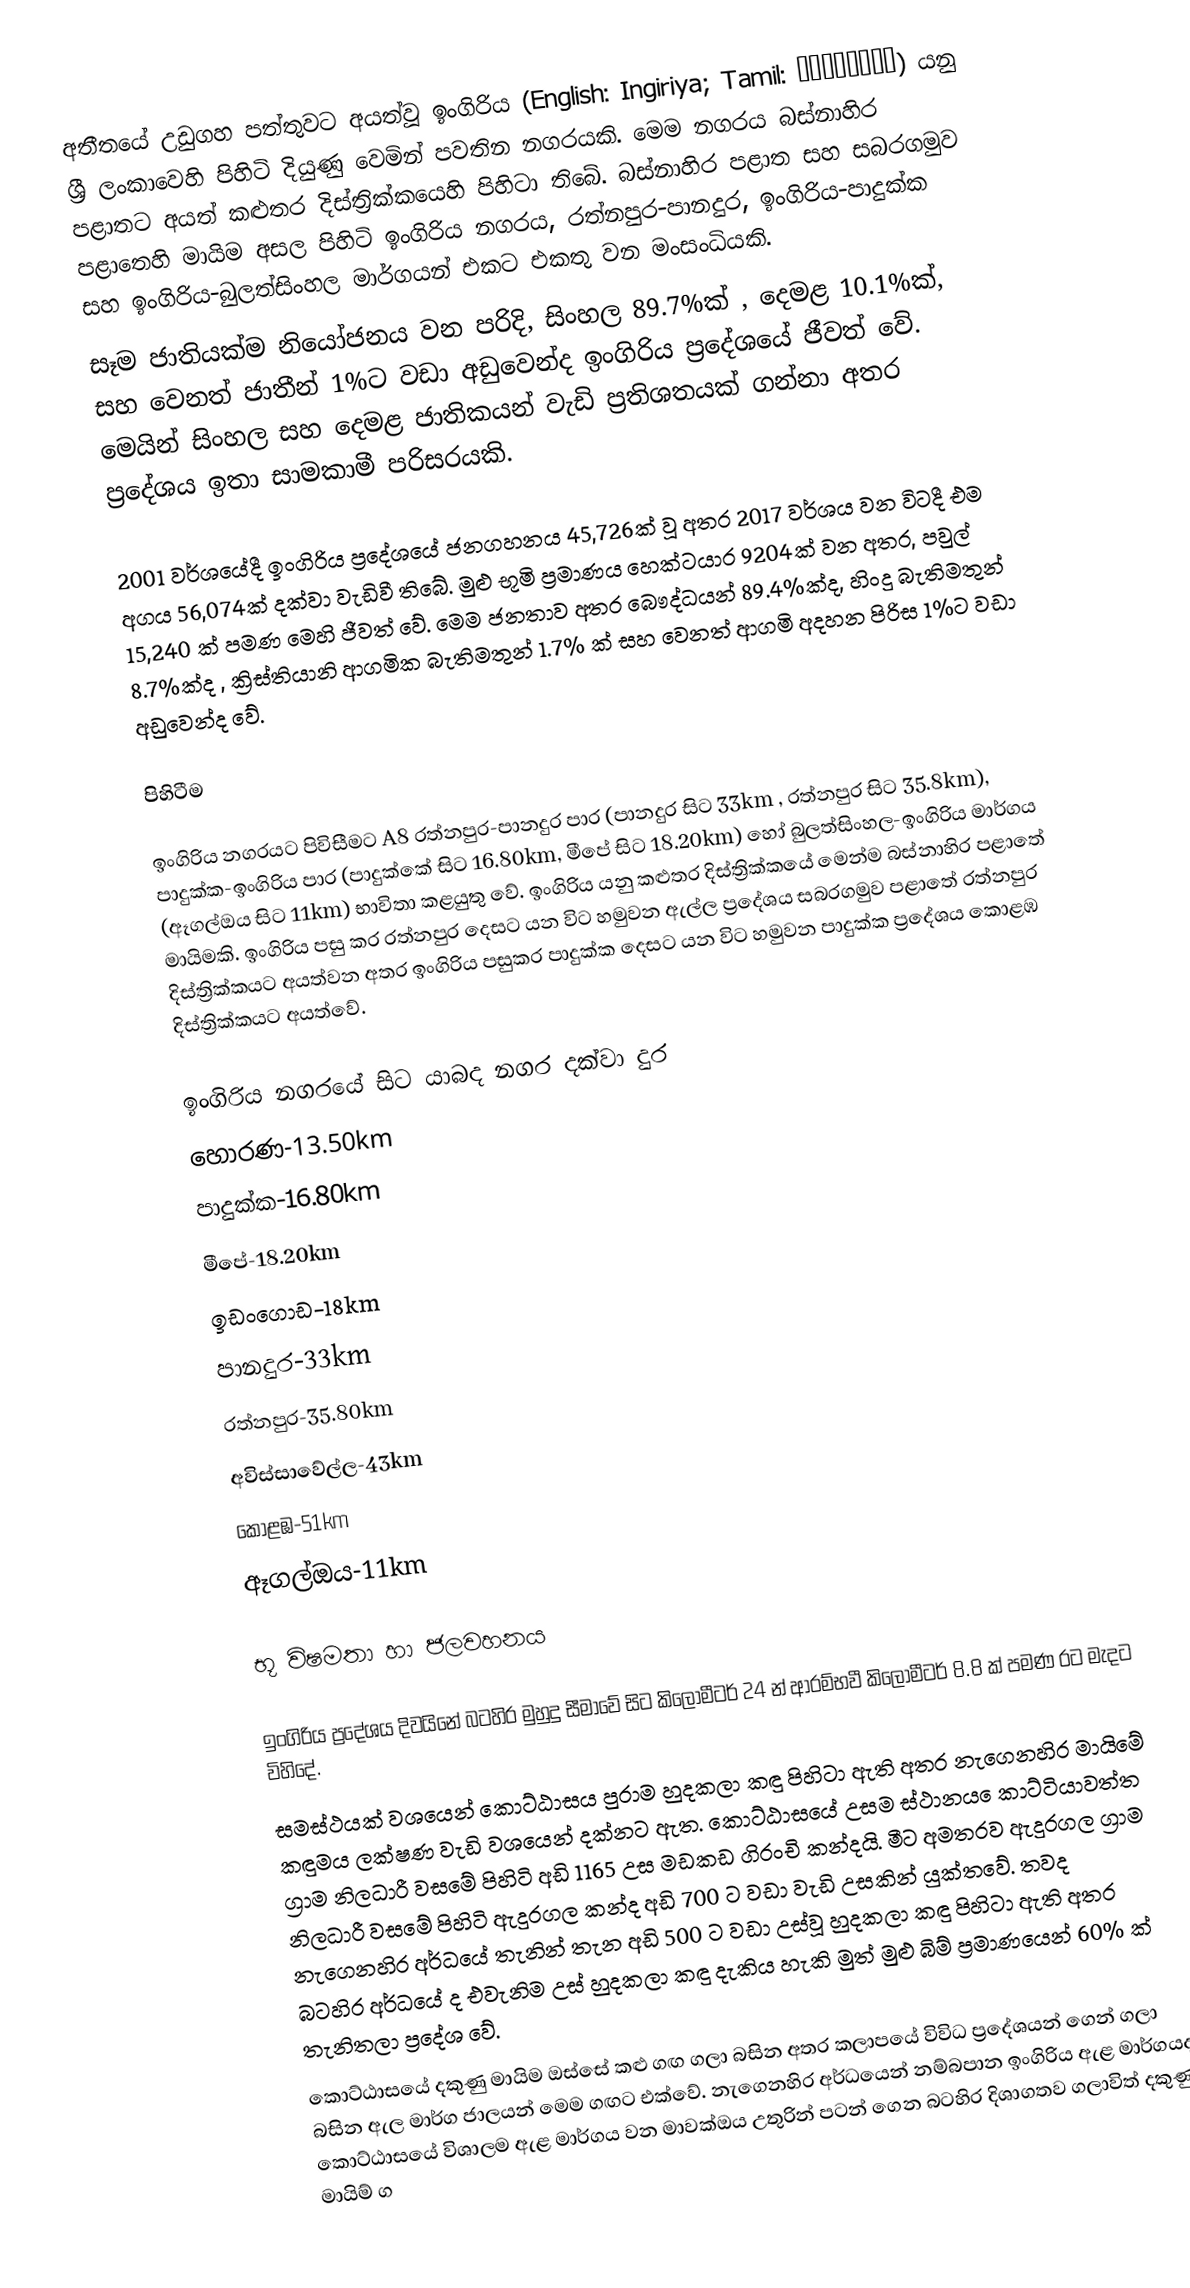
අතීතයේ උඩුගහ පත්තුවට අයත්වූ ඉංගිරිය (English: Ingiriya; Tamil: இங்கிரிய) යනු ශ්‍රී ලංකාවෙහි පිහිටි දියුණු වෙමින් පවතින නගරයකි.  මෙම නගරය  බස්නාහිර පළාතට අයත් කළුතර දිස්ත්‍රික්කයෙහි පිහිටා තිබේ.  බස්නාහිර පළාත සහ  සබරගමුව පළා‍තෙහි මායිම අසල පිහිටි ඉංගිරිය නගරය, රත්නපුර-පානදුර, ඉංගිරිය-පාදුක්ක සහ ඉංගිරිය-බුලත්සිංහල මාර්ගයන් එකට එකතු වන මංසංධියකි.
සෑම ජාතියක්ම නියෝජනය වන පරිදි,  සිංහල 89.7%ක් , දෙමළ 10.1%ක්, සහ වෙනත් ජාතීන් 1%ට වඩා අඩුවෙන්ද ඉංගිරිය ප්‍රදේශයේ ජීවත් වේ. මෙයින් සිංහල සහ දෙමළ ජාතිකයන් වැඩි ප්‍රතිශතයක් ගන්නා අතර  ප්‍රදේශය ඉතා සාමකාමී පරිසරයකි.

2001 වර්ශයේදී ඉංගිරිය  ප්‍රදේශයේ ජනගහනය 45,726ක් වූ අතර 2017 වර්ශය වන විටදී එම අගය 56,074ක් දක්වා වැඩිවී තිබේ.  මුළු භූමි ප්‍රමාණය හෙක්ටයාර 9204ක් වන අතර, පවුල් 15,240 ක් පමණ මෙහි ජීවත් වේ. මෙම ජනතාව අතර  බෞද්ධයන් 89.4%ක්ද, හිංදු බැතිමතුන් 8.7%ක්ද , ක්‍රිස්තියානි ආගමික බැතිමතුන් 1.7% ක් සහ වෙනත් ආගමි අදහන පිරිස 1%ට වඩා අඩුවෙන්ද වේ.

පිහිටීම

ඉංගිරිය නගරයට පිවිසීමට  A8 රත්නපුර-පානදුර පාර  (පානදුර සිට 33km , රත්නපුර සිට 35.8km), පාදුක්ක-ඉංගිරිය පාර (පාදුක්කේ සිට 16.80km, මීපේ සිට 18.20km) හෝ බුලත්සිංහල-ඉංගිරිය මාර්ගය (ඈගල්ඔය සිට 11km) භාවිතා කළයුතු වේ. ඉංගිරිය යනු කළුතර දිස්ත්‍රික්කයේ මෙන්ම බස්නාහිර පළාතේ මායිමකි. ඉංගිරිය පසු කර රත්නපුර දෙසට යන විට හමුවන ඇල්ල ප්‍රදේශය සබරගමුව පළාතේ රත්නපුර දිස්ත්‍රික්කයට අයත්වන අතර ඉංගිරිය පසුකර පාදුක්ක දෙසට යන විට හමුවන පාදුක්ක ප්‍රදේශය කොළඹ දිස්ත්‍රික්කයට අයත්වේ.

ඉංගිරිය නගරයේ සිට යාබද නගර දක්වා දුර
 හොරණ-13.50km
 පාදුක්ක-16.80km
 මීපේ-18.20km
 ඉඩංගොඩ-18km
 පානදුර-33km
 රත්නපුර-35.80km
 අවිස්සාවේල්ල-43km
 කොළඹ-51km
 ඈගල්ඔය-11km

භූ විෂමතා හා ජලවහනය

ඉංගිරිය ප්‍රදේශය දිවයිනේ බටහිර ‍මුහුදු සීමාවේ සිට කිලෝමීටර් 24 න් ආරම්භවී කිලෝමීටර් 8.8 ක් පමණ රට මැදට විහිදේ.
සමස්ථයක් වශයෙන් කොට්ඨාසය පුරාම හුදකලා කඳු පිහිටා ඇති අතර නැගෙනහිර මායිමේ කඳුමය ලක්ෂණ වැඩි වශයෙන් දක්නට ඇත. කොට්ඨාසයේ උසම ස්ථානය ‍ෙකාට්ටියාවත්ත ග්‍රාම නිලධාරී වසමේ පිහි‍ටි අඩි 1165 උස මඩකඩ ගිරංචි කන්දයි. මීට අමතරව ඇදුරගල ග්‍රාම නිලධාරී වසමේ පිහිටි ඇදුරගල කන්ද අඩි 700 ට වඩා වැඩි උසකින් යුක්තවේ. තවද නැගෙනහිර අර්ධයේ තැනින් තැන අඩි 500 ට වඩා උස්වූ හුදකලා කඳු පිහිටා ඇති අතර බටහිර අර්ධයේ ද එවැනිම උස් හුදකලා කඳු දැකිය හැකි මුත් මුළු බිම් ප්‍රමාණයෙන් 60% ක් තැනිතලා ප්‍රදේශ වේ.
කොට්ඨාසයේ දකුණු මායිම ඔස්සේ කළු ගඟ ගලා බසින අතර කලාපයේ විවිධ ප්‍රදේශයන් ගෙන් ගලා බසින ඇල මාර්ග ජාලයන් මෙම ගඟට එක්වේ. නැගෙනහිර අර්ධයෙන් නම්බපාන ඉංගිරිය ඇළ මාර්ගයද කොට්ඨාසයේ විශාලම ඇළ මාර්ගය වන මාවක්ඔය උතුරින් පටන් ගෙන බටහිර දිශාගතව ගලාවිත් දකුණු මායිම් ග